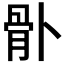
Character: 𩨓